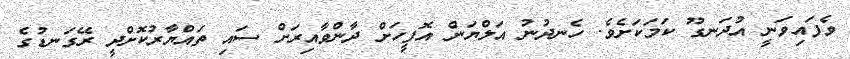
ވެފައިވަނީ އުދަނގޫ ކަމަކަށެވެ. ހެނދުނު އަލްޔަން އޮފީހަށް ދާންވާއިރަށް ސައި ތައްޔާރުކޮށްދީ ރޭގަނޑުގެ